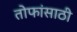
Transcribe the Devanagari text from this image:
तोफांसाठी